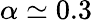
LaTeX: \alpha\simeq 0.3